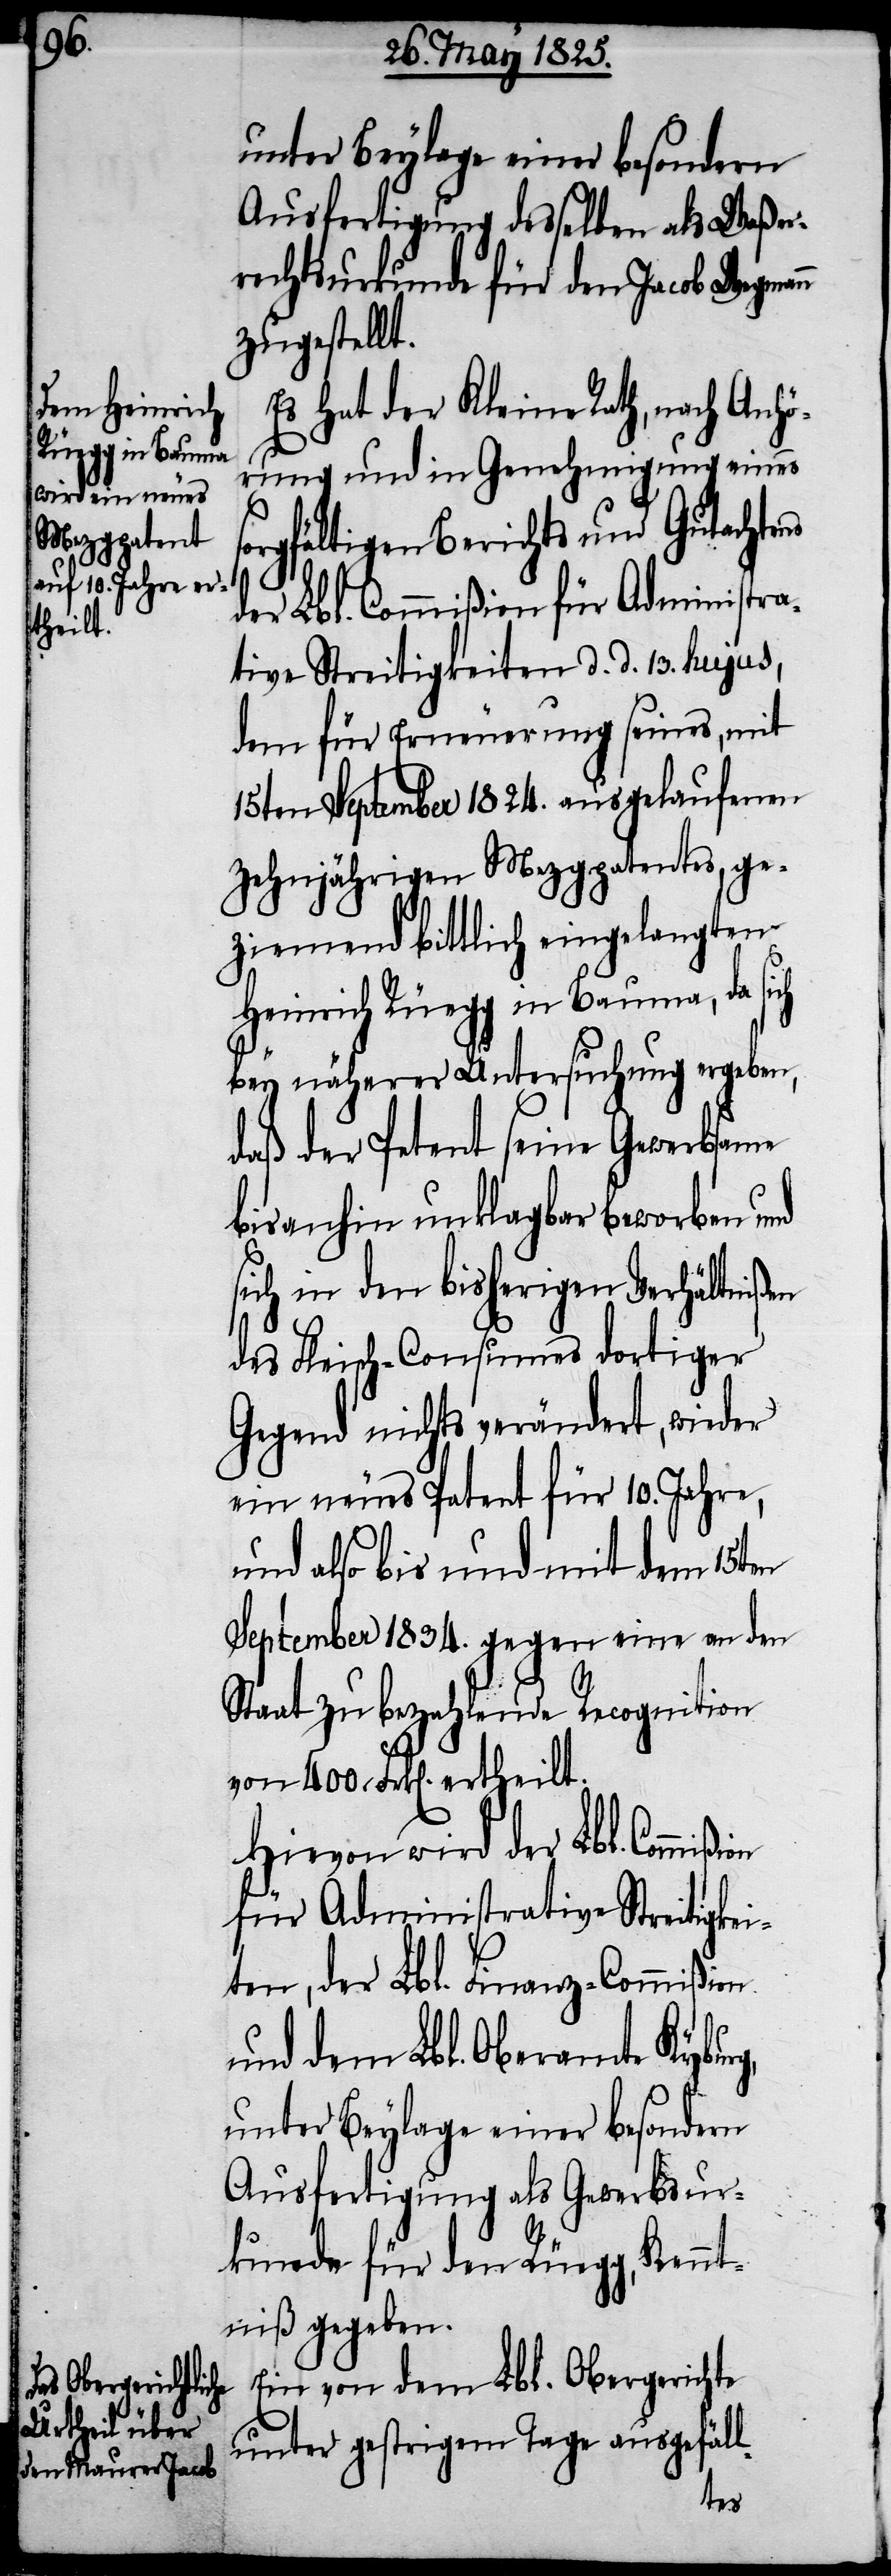
ßion
theilt.

unter Beylage einer besondern
Ausfertigung desselben als Waßer¬
rechtsurkunde für den Jacob Wegman¬
zugestellt.
Es hat der Kleine Rath, nach Anhö¬
rung und in Genehmigung eines
orgfältigen Berichts und Gutachtens
der Lbl. Commißion für Administra¬
tive Streitigkeiten d. d. 13. hujus,
dem für Erneuerung seines, mit
15ten September 1824. ausgelaufenen
zehnjährigen Mezgpatentes, ge¬
ziemend bittlich eingelangten
Heinrich Rüegg in Bauma, da si¬
bey näherer Untersuchung ergeben,
daß der Petent seine Gewerbsame
bis anhin unklagbar beworben und
sich in den bisherigen Verhältnißen
des Fleisch-Consumes dortiger
Gegend nichts verändert, wieder
ein neues Patent für 10. Jahre,
und also bis und mit dem 15ten
September 1834. gegen eine an den
Staat zu bezahlende Recognition
l-
Hievon wird der Lbl. Commi¬
für Administrative Streitigkei¬
ten, der Lbl. Finanz-Commißion
und dem Lbl. Oberamte Kyburg,
unter Beylage einer besondern
Ausfertigung als Gewerbsur¬
kunde für den Rüegg, Kennt¬
niß gegeben.
Ein von dem Lbl. Obergerichte
unter gestrigem Tage ausgefäl¬
er¬